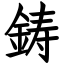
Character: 鋳